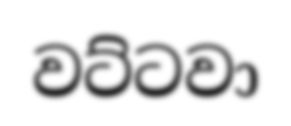
වට්ටවා